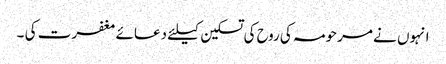
انہوں نے مرحومہ کی روح کی تسکین کیلئے دعائے مغفرت کی ۔